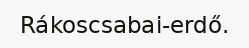
Rákoscsabai-erdő.